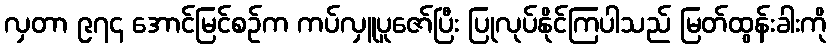
လှတာ ၉၇၄ အောင်မြင်စဉ်က ကပ်လှူပူဇော်ပြီး ပြုလုပ်နိုင်ကြပါသည် မြတ်ထွန်းခါးကို